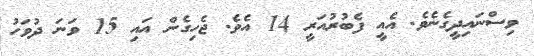
ވިސްނައިދީގެނެވެ. އެއީ ފެބުރުއަރީ 14 އެވެ. ޖެހިގެން އައި 15 ވަނަ ދުވަހު